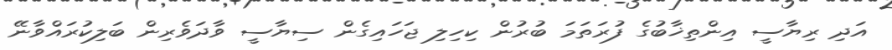
އަދި ރިޔާސީ އިންތިޚާބުގެ ފުރަތަމަ ބުރުން ކިހިލި ޖަހައިގެން ސިޔާސީ ވާދަވެރިން ބަލިކުރައްވާނޭ